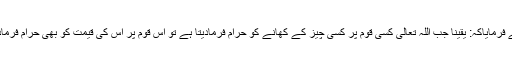
[8]اورایک دوسری روایت میں یہ الفاظ ہیں کہ آپ صلی اللہ علیہ وسلم نے فرمایاکہ: یقیناً جب اللہ تعالیٰ کسی قوم پر کسی چیز کے کھانے کو حرام فرمادیتا ہے تو اُس قوم پر اُس کی قیمت کو بھی حرام فرمادیتا ہے، (یعنی اُسے بیچنا اور بیچ کر اُس کی قیمت کھانا بھی حرام ہے)۔